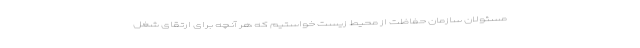
مسئولان سازمان حفاظت از محیط زیست خواستیم که هر آنچه برای ارتقای شغل